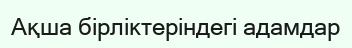
Ақша бірліктеріндегі адамдар